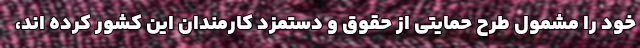
خود را مشمول طرح حمایتی از حقوق و دستمزد کارمندان این کشور کرده اند،